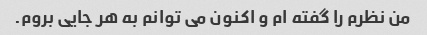
من نظرم را گفته ام و اکنون می توانم به هر جایی بروم.